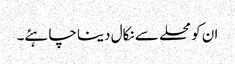
ان کو محلے سے نکال دینا چاہئے۔